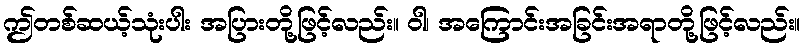
ဤတစ်ဆယ့်သုံးပါး အပြားတို့ဖြင့်လည်း။ ဝါ၊ အကြောင်းအခြင်းအရာတို့ဖြင့်လည်း။